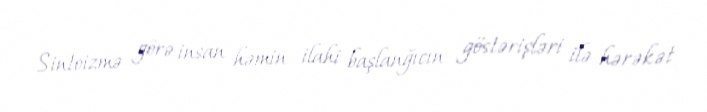
Sintoizmə görə insan həmin ilahi başlanğıcın göstərişləri ilə hərəkət